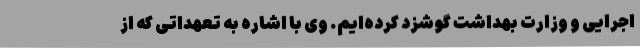
اجرایی و وزارت بهداشت گوشزد کرده‌ایم. وی با اشاره به تعهداتی که از